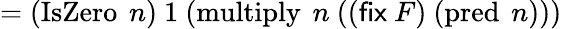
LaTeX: =(\operatorname{IsZero}\ n)\ 1\ (\operatorname{multiply}\ n\ (({\textsf{fix}}\ F)\ (\operatorname{pred}\ n)))